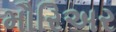
મૌરિઅર